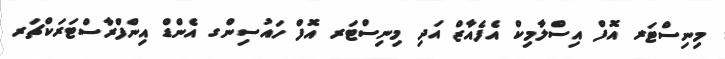
މިނިސްޓަރ އޮފް އިސްލާމިކް އެފެއާޒް އަދި މިނިސްޓަރ އޮފް ހައުސިންގ އެންޑް އިންފްރާސްޓަރަކްޗަރ